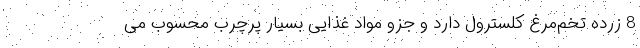
8 زرده‌ تخم‌مرغ کلسترول دارد و جزو مواد غذایی بسیار پرچرب محسوب می‌